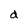
Character: d